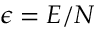
\epsilon = E / N